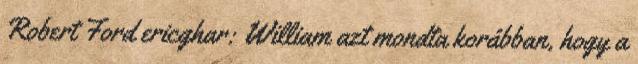
Robert Ford ericghar: William azt mondta korábban, hogy a